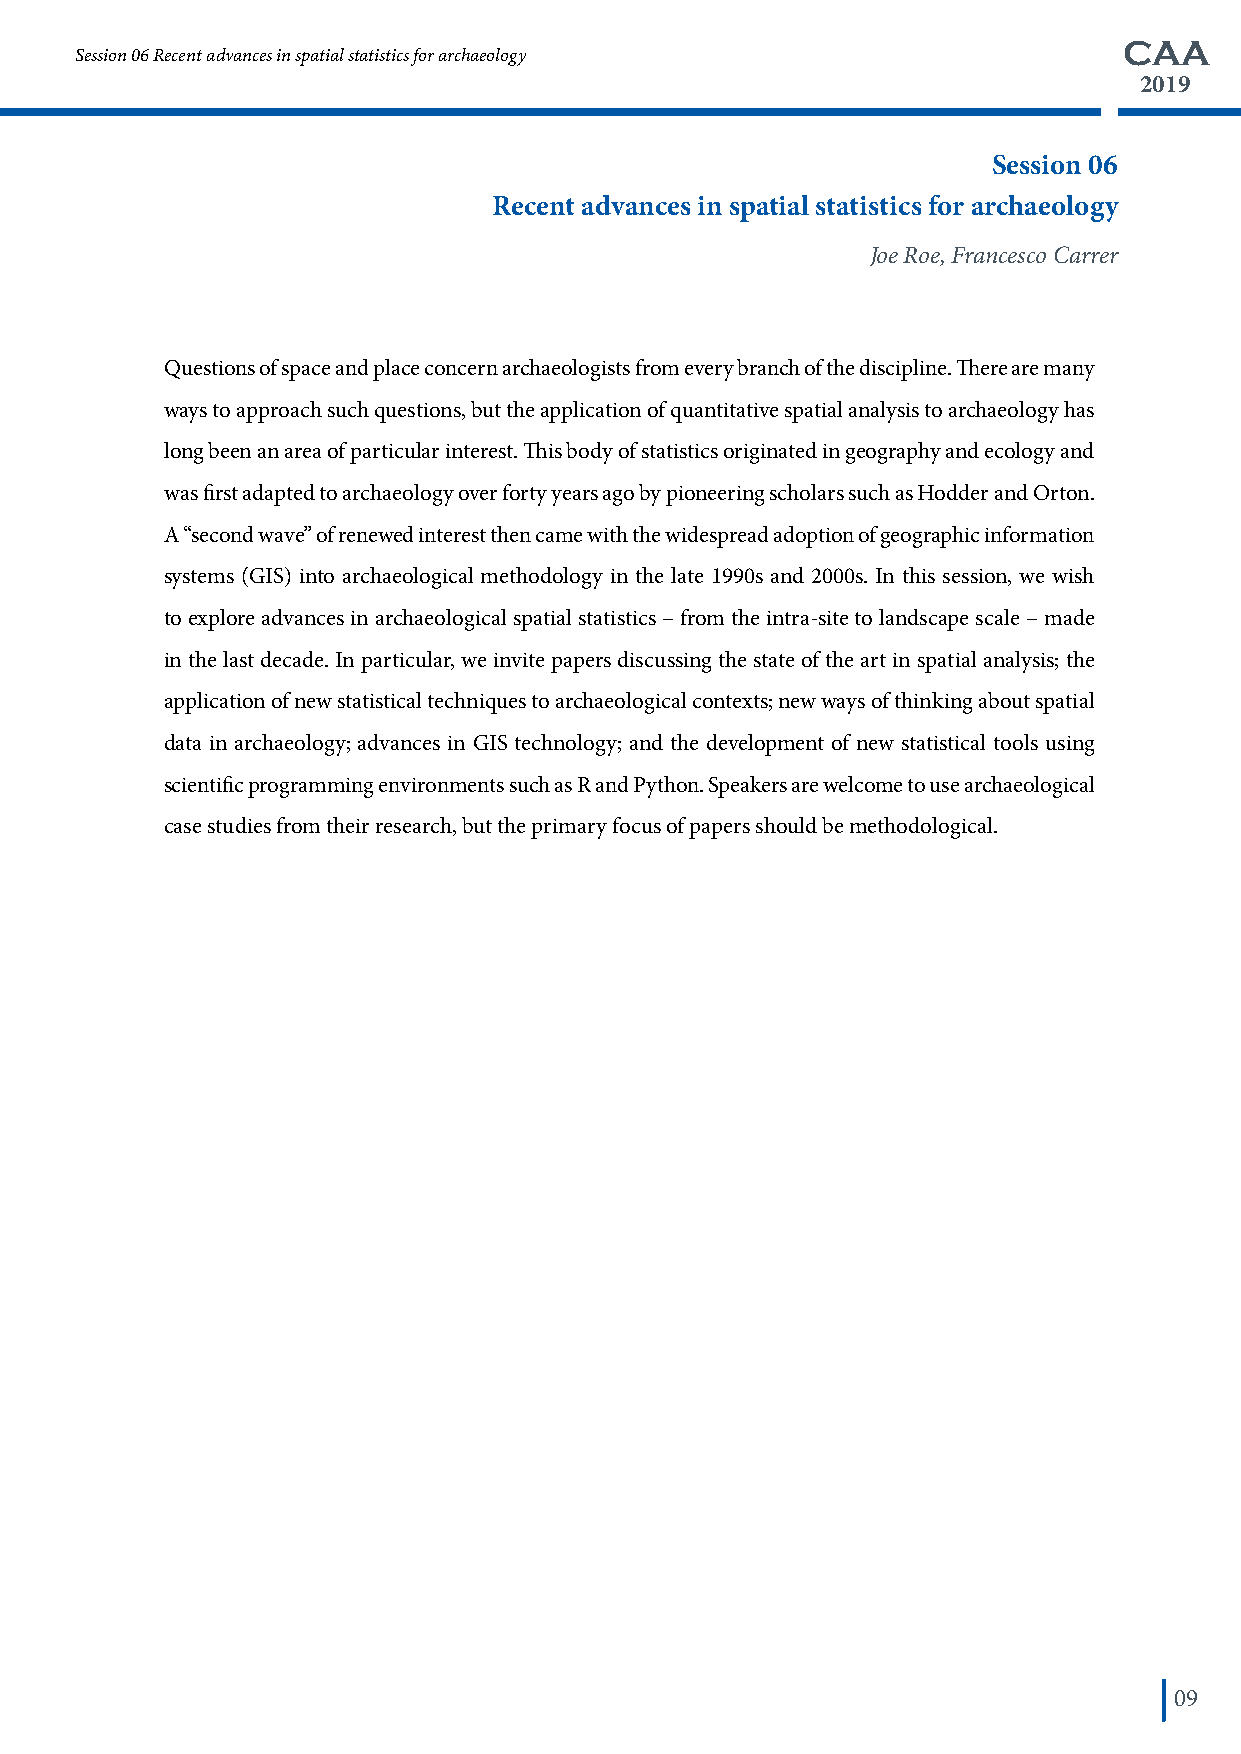
CAA
 Session 06 Recent advances in spatial statistics for archaeology
 2019
 Session 06
 Recent advances in spatial statistics for archaeology
 Joe Roe, Francesco Carrer
 Questions of space and place concern archaeologists from every branch of the discipline. There are many
 ways to approach such questions, but the application of quantitative spatial analysis to archaeology has
 long been an area of particular interest. This body of statistics originated in geography and ecology and
 was first adapted to archaeology over forty years ago by pioneering scholars such as Hodder and Orton.
 A “second wave” of renewed interest then came with the widespread adoption of geographic information
 systems (GIS) into archaeological methodology in the late 1990s and 2000s. In this session, we wish
 to explore advances in archaeological spatial statistics – from the intra-site to landscape scale – made
 in the last decade. In particular, we invite papers discussing the state of the art in spatial analysis; the
 application of new statistical techniques to archaeological contexts; new ways of thinking about spatial
 data in archaeology; advances in GIS technology; and the development of new statistical tools using
 scientific programming environments such as R and Python. Speakers are welcome to use archaeological
 case studies from their research, but the primary focus of papers should be methodological.
 09